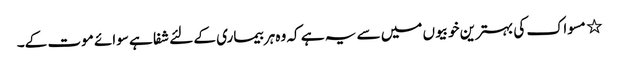
٭ مسواک کی بہترین خوبیوں میں سے یہ ہے کہ وہ ہر بیماری کے لئے شفا ہے سوائے موت کے۔